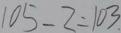
1 0 5 - 2 = 1 0 3